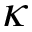
\displaystyle \kappa